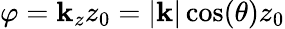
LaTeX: \varphi=\mathbf{k}_{z}z_{0}=|\mathbf{{\mathbf{k}}}|\cos(\theta)z_{0}